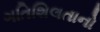
ગતિશિલતાનો